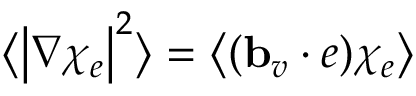
\bigl \langle \bigl | \nabla \chi _ { e } \bigr | ^ { 2 } \bigr \rangle = \bigl \langle ( \ensuremath { \mathbf { b } } _ { v } \cdot e ) \chi _ { e } \bigr \rangle